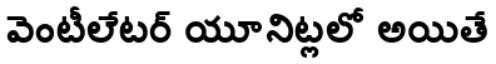
వెంటీలేటర్ యూనిట్లలో అయితే